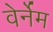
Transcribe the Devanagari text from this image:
वेर्नेम